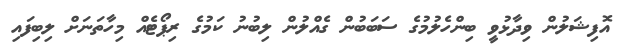
އޮފިޝަލުން ވިދާޅުވީ ބިންހެލުމުގެ ސަބަބުން ގެއްލުން ލިބުނު ކަމުގެ ރިޕޯޓެއް މިހާތަނަށް ލިބިފައި